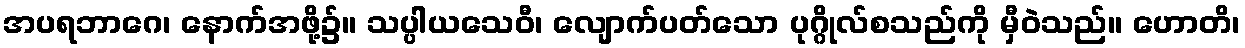
အပရဘာဂေ၊ နောက်အဖို့၌။ သပ္ပါယသေဝီ၊ လျောက်ပတ်သော ပုဂ္ဂိုလ်စသည်ကို မှီဝဲသည်။ ဟောတိ၊